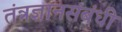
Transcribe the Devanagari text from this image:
तंत्रज्ञानसंबंधी